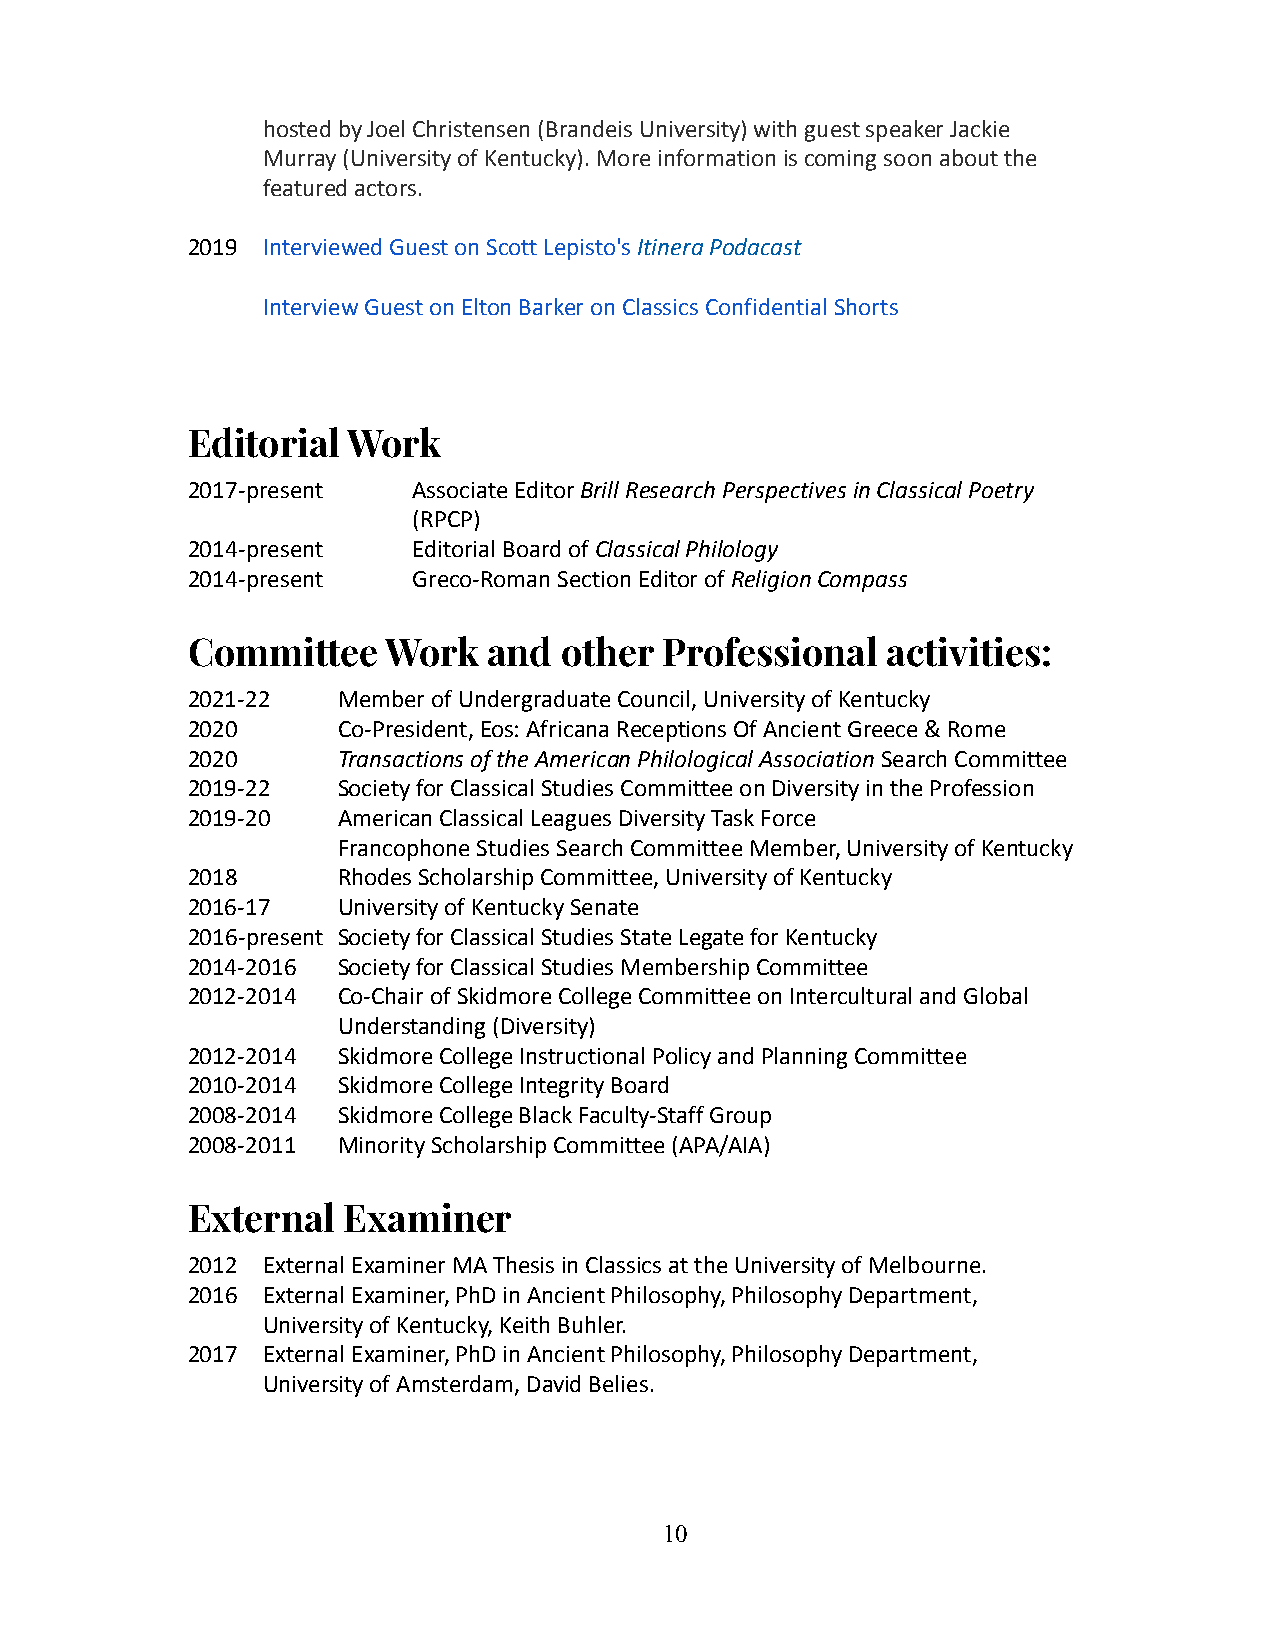
hosted by Joel Christensen (Brandeis University) with guest speaker Jackie
 Murray (University of Kentucky). More informationis coming soon about the
 featured actors.
 2019 Interviewed Guest on Scott Lepisto'sItineraPodacast
 Interview Guest on Elton Barker on Classics ConfidentialShorts
 Editorial  Work
 2017-present   Associate EditorBrill Research Perspectivesin Classical Poetry
 (RPCP)
 2014-present   Editorial Board ofClassical Philology
 2014-present   Greco-Roman Section Editor ofReligionCompass
 Committee     Work  and  other  Professional   activities:
 2021-22   Member of Undergraduate Council, Universityof Kentucky
 2020      Co-President, Eos: Africana Receptions Of AncientGreece & Rome
 2020      Transactions of the American Philological AssociationSearch Committee
 2019-22   Society for Classical Studies Committee onDiversity in the Profession
 2019-20   American Classical Leagues Diversity TaskForce
 Francophone Studies Search Committee Member, Universityof Kentucky
 2018      Rhodes Scholarship Committee, University ofKentucky
 2016-17   University of Kentucky Senate
 2016-present Society for Classical Studies State Legatefor Kentucky
 2014-2016 Society for Classical Studies MembershipCommittee
 2012-2014 Co-Chair of Skidmore College Committeeon Intercultural and Global
 Understanding (Diversity)
 2012-2014 Skidmore College Instructional Policy andPlanning Committee
 2010-2014 Skidmore College Integrity Board
 2008-2014 Skidmore College Black Faculty-Staff Group
 2008-2011 Minority Scholarship Committee (APA/AIA)
 External   Examiner
 2012 External Examiner MA Thesis in Classics at theUniversity of Melbourne.
 2016 External Examiner, PhD in Ancient Philosophy,Philosophy Department,
 University of Kentucky, Keith Buhler.
 2017 External Examiner, PhD in Ancient Philosophy,Philosophy Department,
 University of Amsterdam, David Belies.
 10